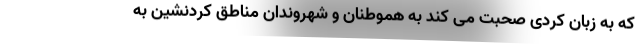
که به زبان کردی صحبت می کند به هموطنان و شهروندان مناطق کردنشین به